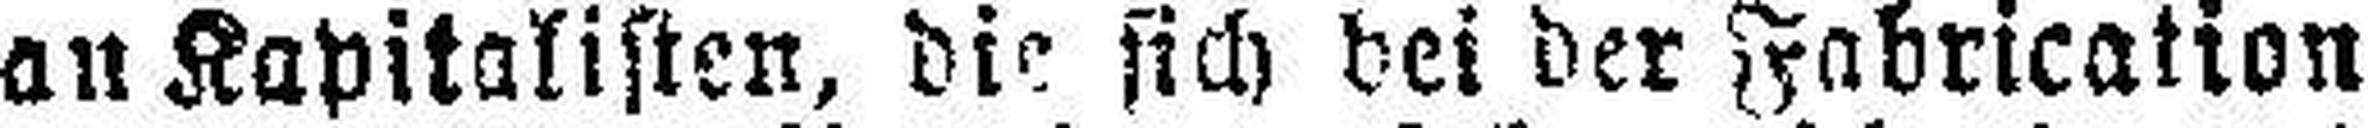
an Kapitalisten, die sich bei der Fabrication